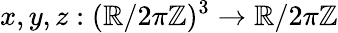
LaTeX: x,y,z:(\mathbb{R}/2\pi\mathbb{Z})^{3}\to\mathbb{R}/2\pi\mathbb{Z}